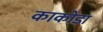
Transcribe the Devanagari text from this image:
काकोडा